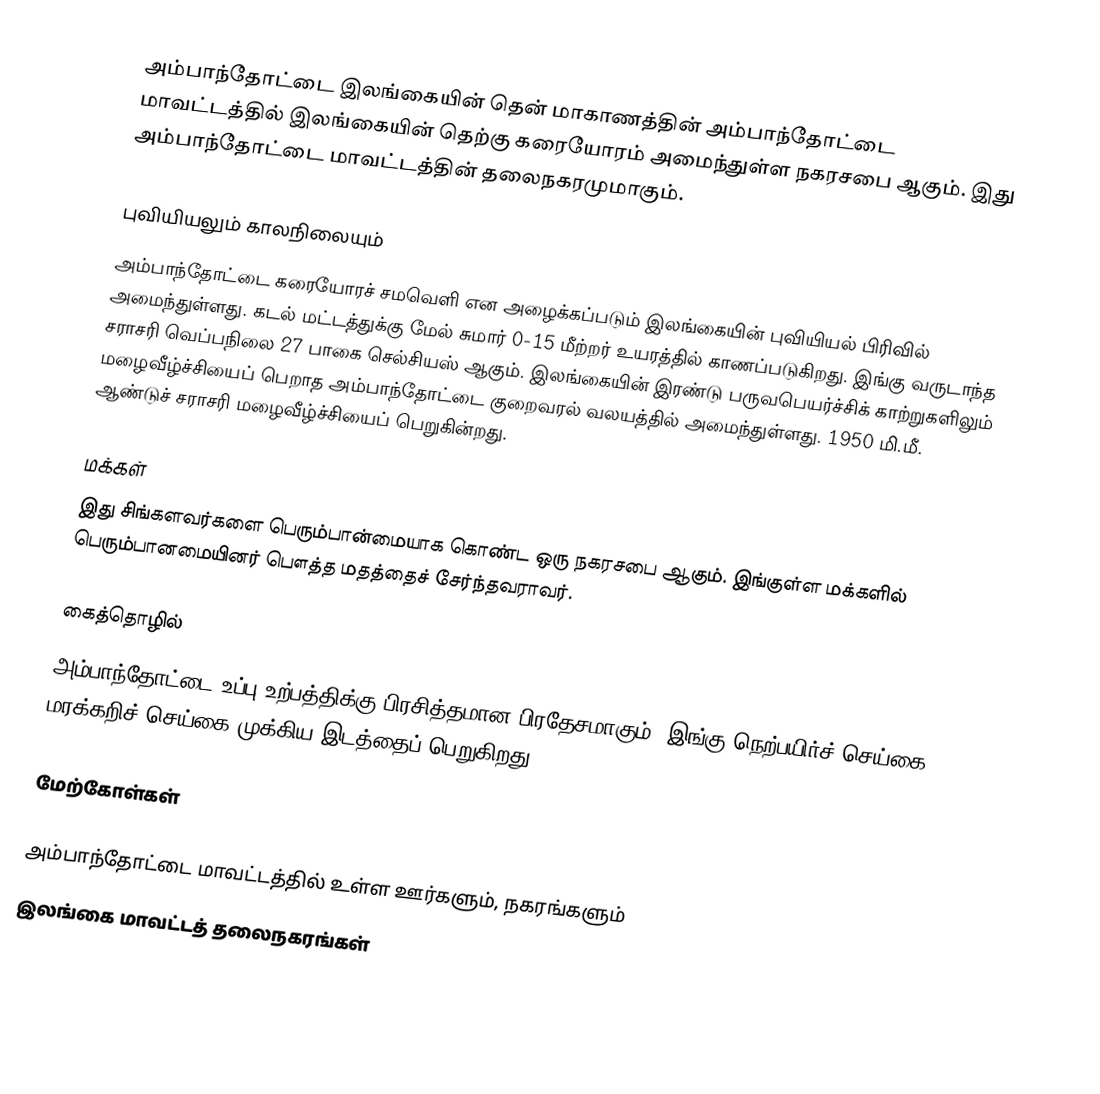
அம்பாந்தோட்டை இலங்கையின் தென் மாகாணத்தின் அம்பாந்தோட்டை மாவட்டத்தில் இலங்கையின் தெற்கு கரையோரம் அமைந்துள்ள நகரசபை ஆகும். இது அம்பாந்தோட்டை மாவட்டத்தின் தலைநகரமுமாகும்.

புவியியலும் காலநிலையும்
அம்பாந்தோட்டை கரையோரச் சமவெளி என அழைக்கப்படும் இலங்கையின் புவியியல் பிரிவில் அமைந்துள்ளது. கடல் மட்டத்துக்கு மேல் சுமார் 0-15 மீற்றர் உயரத்தில் காணப்படுகிறது. இங்கு வருடாந்த சராசரி வெப்பநிலை 27 பாகை செல்சியஸ் ஆகும். இலங்கையின் இரண்டு பருவபெயர்ச்சிக்　காற்றுகளிலும்　மழைவீழ்ச்சியைப்　பெறாத　அம்பாந்தோட்டை　குறைவரல் வலயத்தில்　அமைந்துள்ளது.　1950 மி.மீ. ஆண்டுச் சராசரி மழைவீழ்ச்சியைப் பெறுகின்றது.

மக்கள்
இது சிங்களவர்களை பெரும்பான்மையாக கொண்ட ஒரு நகரசபை ஆகும். இங்குள்ள மக்களில் பெரும்பானமையினர் பௌத்த மதத்தைச் சேர்ந்தவராவர்.

கைத்தொழில்
அம்பாந்தோட்டை　உப்பு　உற்பத்திக்கு　பிரசித்தமான　பிரதேசமாகும். இங்கு நெற்பயிர்ச் செய்கை, மரக்கறிச் செய்கை முக்கிய இடத்தைப் பெறுகிறது.

மேற்கோள்கள்

அம்பாந்தோட்டை மாவட்டத்தில் உள்ள ஊர்களும், நகரங்களும்
இலங்கை மாவட்டத் தலைநகரங்கள்